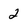
Character: 2